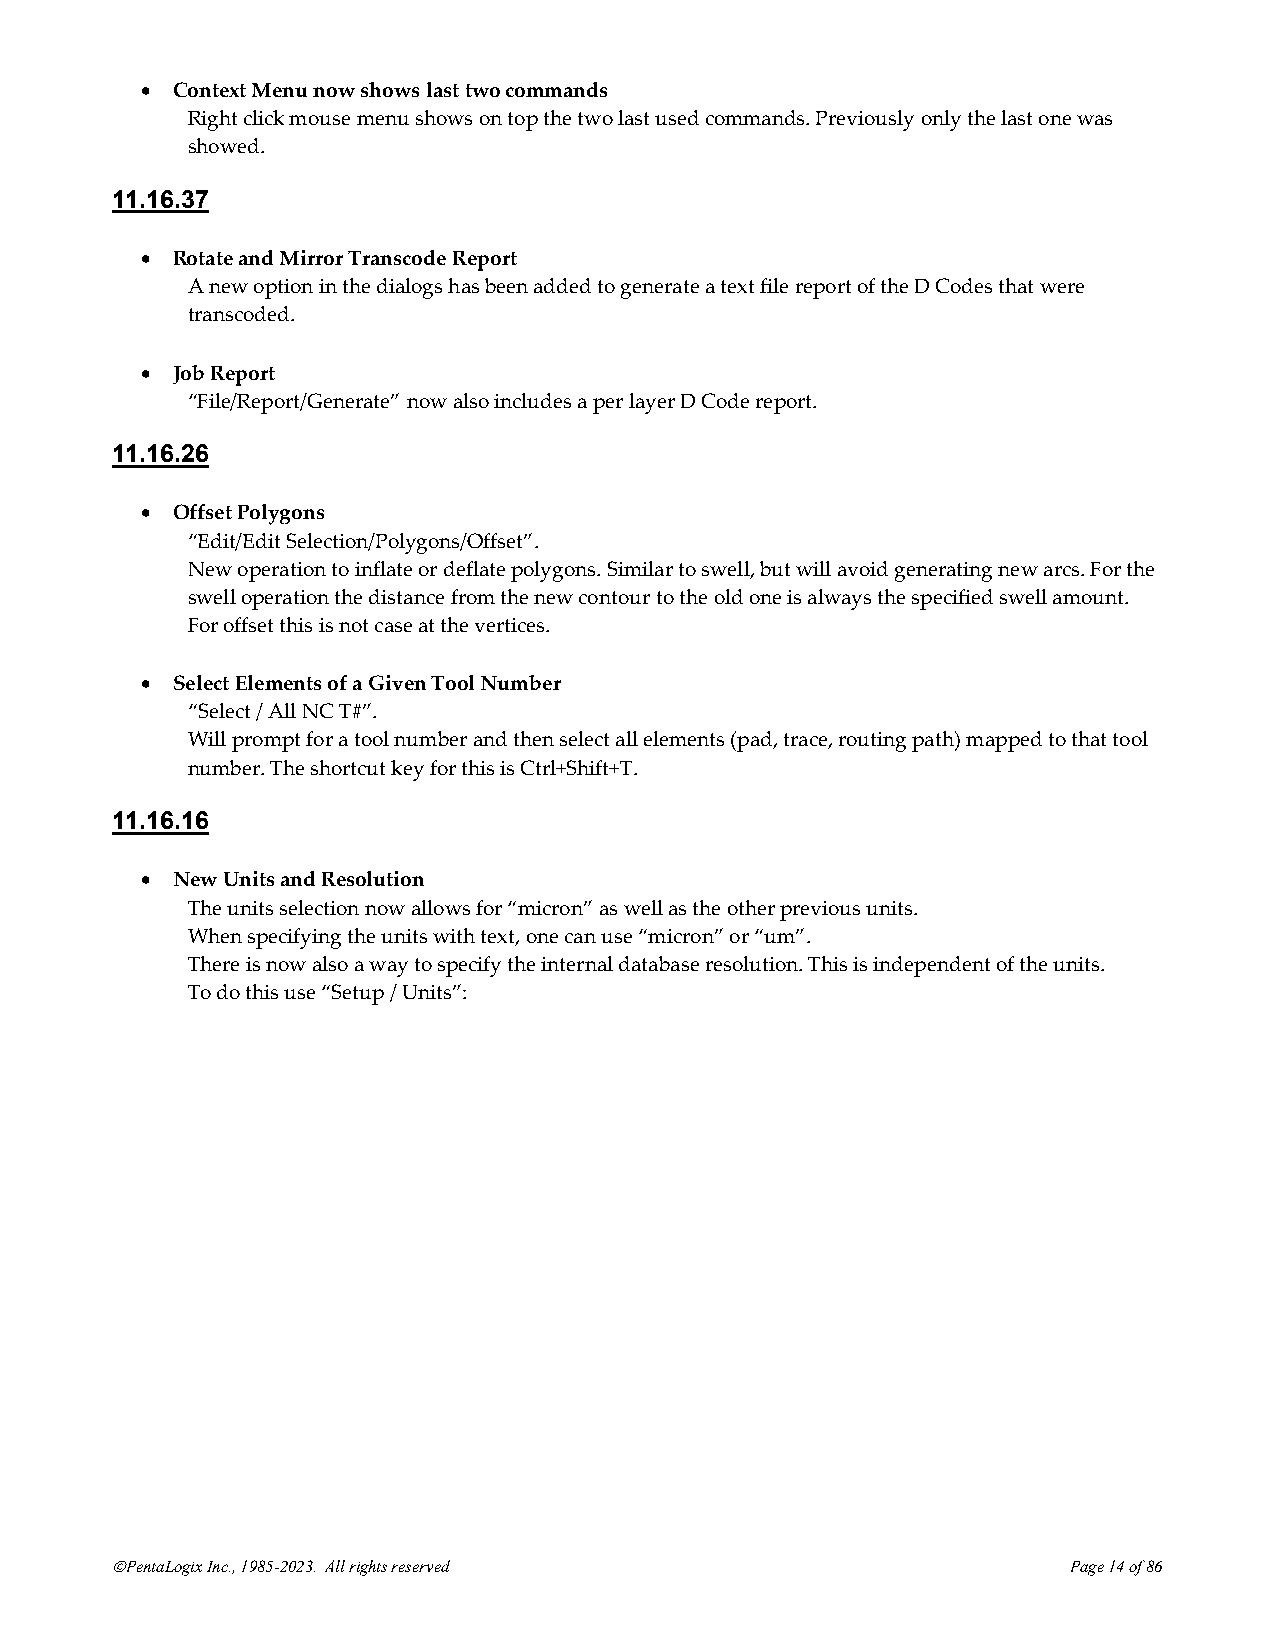
• Context Menu now shows last two commands
 Right click mouse menu shows on top the two last used commands. Previously only the last one was
 showed.
 11.16.37
 • Rotate and Mirror Transcode Report
 A new option in the dialogs has been added to generate a text file report of the D Codes that were
 transcoded.
 • Job Report
 “File/Report/Generate” now also includes a per layer D Code report.
 11.16.26
 • Offset Polygons
 “Edit/Edit Selection/Polygons/Offset”.
 New operation to inflate or deflate polygons. Similar to swell, but will avoid generating new arcs. For the
 swell operation the distance from the new contour to the old one is always the specified swell amount.
 For offset this is not case at the vertices.
 • Select Elements of a Given Tool Number
 “Select / All NC T#”.
 Will prompt for a tool number and then select all elements (pad, trace, routing path) mapped to that tool
 number. The shortcut key for this is Ctrl+Shift+T.
 11.16.16
 • New Units and Resolution
 The units selection now allows for “micron” as well as the other previous units.
 When specifying the units with text, one can use “micron” or “um”.
 There is now also a way to specify the internal database resolution. This is independent of the units.
 To do this use “Setup / Units”:
 ©PentaLogix Inc., 1985-2023. All rights reserved                Page 14 of 86